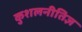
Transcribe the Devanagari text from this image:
कुशलनीतिज्ञ